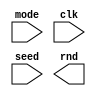
module xorshift(
	input wire mode,
	input wire clk,
	input [31:0]seed,
	output wire[7:0] rnd
);



endmodule